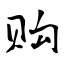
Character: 购